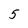
Character: 5